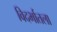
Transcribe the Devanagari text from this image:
विदर्भातला